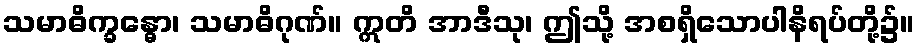
သမာဓိက္ခန္ဓော၊ သမာဓိဂုဏ်။ ဣတိ အာဒီသု၊ ဤသို့ အစရှိသောပါနိရပ်တို့၌။